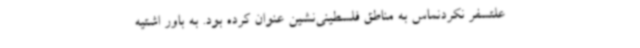
علتسفر نکردنماس به مناطق فلسطینی‌نشین عنوان کرده بود. به باور اشتیه